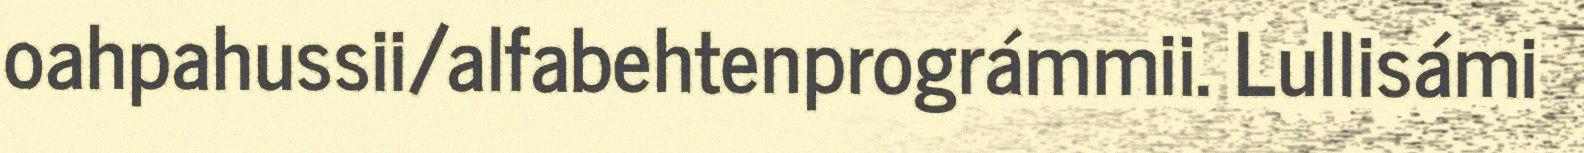
oahpahussii/alfabehtenprográmmii. Lullisámi